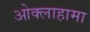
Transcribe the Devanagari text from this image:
ओक्लाहामा